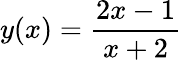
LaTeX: y(x)={\frac{2x-1}{x+2}}